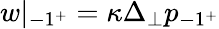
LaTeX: w|_{-1^{+}}=\kappa\Delta_{\perp}p_{-1^{+}}